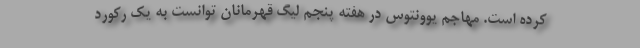
کرده است. مهاجم یوونتوس در هفته پنجم لیگ قهرمانان توانست به یک رکورد